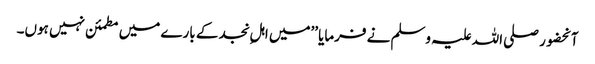
آنحضور صلی اللہ علیہ وسلم نے فرمایا ’’میں اہلِ نجد کے بارے میں مطمئن نہیں ہوں۔